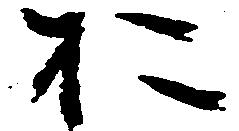
お